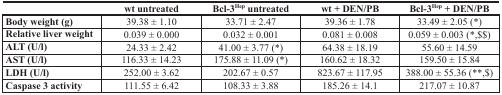
<table><thead><tr><td></td><td><b>wt untreated</b></td><td><b>Bcl-3<sup>Hep</sup> untreated</b></td><td><b>wt + DEN/PB</b></td><td><b>Bcl-3<sup>Hep</sup> + DEN/PB</b></td></tr></thead><tbody><tr><td><b>Body weight (g)</b></td><td>39.38 ± 1.10</td><td>33.71 ± 2.47</td><td>39.36 ± 1.78</td><td>33.49 ± 2.05 (*)</td></tr><tr><td><b>Relative liver weight</b></td><td>0.039 ± 0.000</td><td>0.032 ± 0.001</td><td>0.081 ± 0.008</td><td>0.059 ± 0.003 (*,$$)</td></tr><tr><td><b>ALT (U/l)</b></td><td>24.33 ± 2.42</td><td>41.00 ± 3.77 (*)</td><td>64.38 ± 18.19</td><td>55.60 ± 14.59</td></tr><tr><td><b>AST (U/l)</b></td><td>116.33 ± 14.23</td><td>175.88 ± 11.09 (*)</td><td>160.62 ± 18.32</td><td>159.50 ± 15.84</td></tr><tr><td><b>LDH (U/l)</b></td><td>252.00 ± 3.62</td><td>202.67 ± 0.57</td><td>823.67 ± 117.95</td><td>388.00 ± 55.36 (**,$)</td></tr><tr><td><b>Caspase 3 activity</b></td><td>111.55 ± 6.42</td><td>108.33 ± 3.88</td><td>185.26 ± 14.1</td><td>217.07 ± 10.87</td></tr></tbody></table>